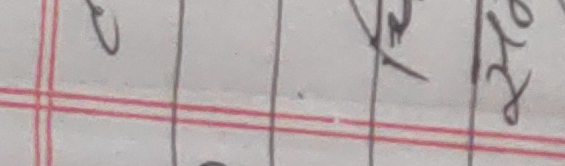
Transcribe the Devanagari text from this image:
रुपैयाँ